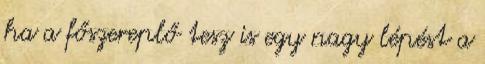
ha a főszereplő tesz is egy nagy lépést a